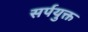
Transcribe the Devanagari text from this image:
सर्पयुक्त